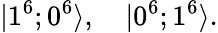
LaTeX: |1^{6};0^{6}\rangle,\quad|0^{6};1^{6}\rangle.